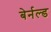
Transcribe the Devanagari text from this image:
बेर्नल्ड